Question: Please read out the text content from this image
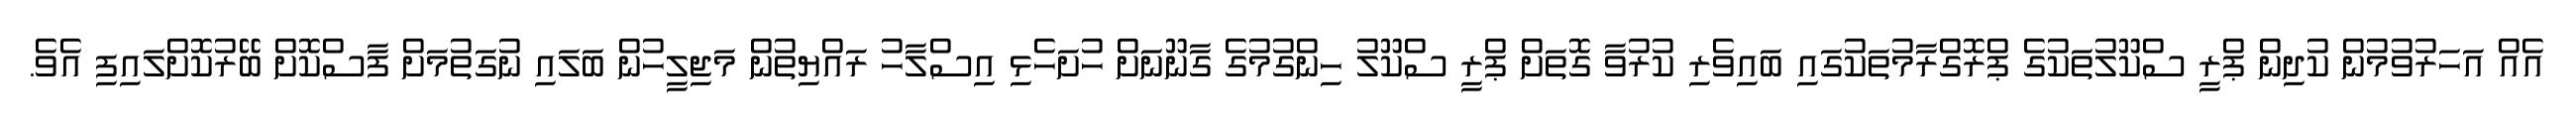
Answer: އެއް އަހަރުވުމުން ކުދިން ޕްރީ ސްކޫލުތަކުގެ ޕްރޮގްރާމުތަކުގައި ބައިވެރި ކުރުވާ ގޮތަށް ޕްރީ ސްކޫލު ހިންގުމުގެ ގާނޫނަށް ހުށަހެޅި އިސްލާހު ރައްޔިތުން މަޖިލީހުން ބަލައި ނުގަތުމަށް ފާސްކޮށް ބޭރުކޮށްލައިފި އެވެ.